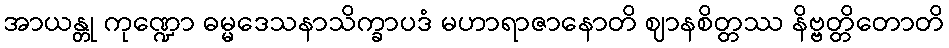
အာယန္တု ကုဏ္ဍော ဓမ္မဒေသနာသိက္ခာပဒံ မဟာရာဇာနောတိ ဈာနစိတ္တဿ နိဗ္ဗတ္တိတောတိ